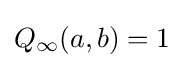
Q_{\infty }(a,b)=1